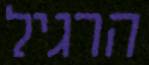
הרגיל